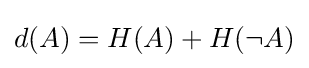
d(A)=H(A)+H(\neg {A})